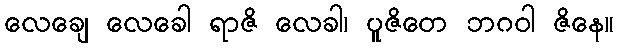
လေချေ လေခေါ ရာဇိ လေခါ၊ ပူဇိတေ ဘဂဝါ ဇိနေ။